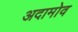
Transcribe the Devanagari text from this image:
अदामोव